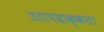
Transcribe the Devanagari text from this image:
उतापदाक्कता